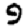
Digit: 9